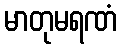
မာတုမရဏံ